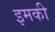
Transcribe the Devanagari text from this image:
इमकी